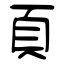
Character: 頁